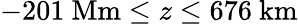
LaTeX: -201\ \mathrm{Mm}\leq z\leq 676\ \mathrm{km}